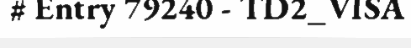
# Entry 79240 - TD2_VISA